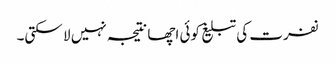
نفرت کی تبلیغ کوئی اچھا نتیجہ نہیں لا سکتی۔